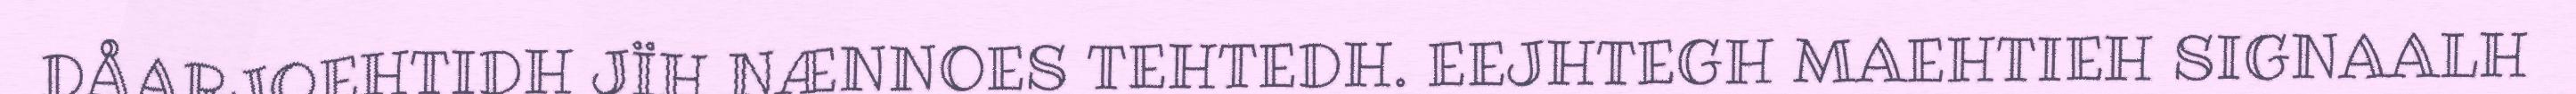
DÅARJOEHTIDH JÏH NÆNNOES TEHTEDH. EEJHTEGH MAEHTIEH SIGNAALH